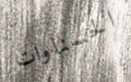
الحسناوات